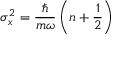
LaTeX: \sigma _ { x } ^ { 2 } = { \frac { \hbar } { m \omega } } \left( n + { \frac { 1 } { 2 } } \right)